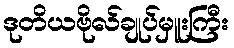
ဒုတိယဗိုလ်ချုပ်မှူးကြီး